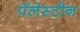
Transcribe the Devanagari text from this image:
पॅलेस्टीन